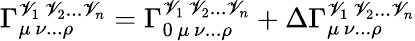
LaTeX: \Gamma_{\mu\, \nu...\rho}^{\mathscr{V}_{1}\, \mathscr{V}_{2}...\mathscr{V}_{n}}=\Gamma_{0\, \mu\, \nu...\rho}^{\mathscr{V}_{1}\, \mathscr{V}_{2}...\mathscr{V}_{n}}+\Delta\Gamma_{\mu\, \nu...\rho}^{\mathscr{V}_{1}\, \mathscr{V}_{2}...\mathscr{V}_{n}}